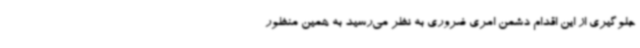
جلوگیری از این اقدام دشمن امری ضروری به نظر می‌رسید به همین منظور